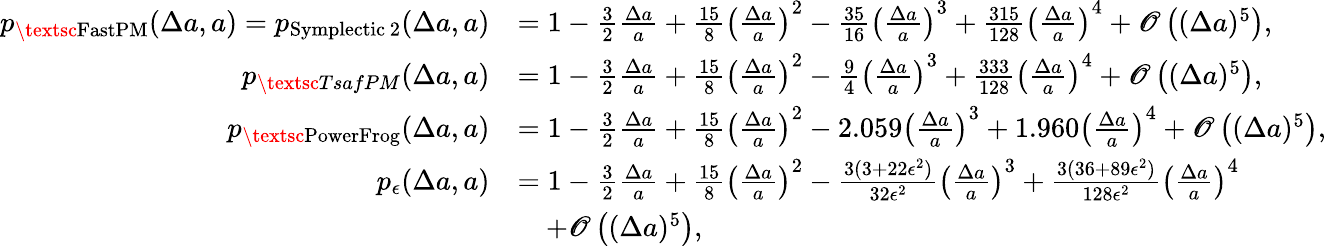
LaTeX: \begin{array}{rl}{p_{\mathrm{\textsc{FastPM}}}(\Delta a,a)=p_{\mathrm{{Symplectic~2}}}(\Delta a,a)}&{=1-\frac{3}{2}\frac{\Delta a}{a}+\frac{15}{8}\left(\frac{\Delta a}{a}\right)^{2}-\frac{35}{16}\left(\frac{\Delta a}{a}\right)^{3}+\frac{315}{128}\left(\frac{\Delta a}{a}\right)^{4}+\mathscr{O}\left((\Delta a)^{5}\right),}\\ {p_{\textsc{TsafPM}}(\Delta a,a)}&{=1-\frac{3}{2}\frac{\Delta a}{a}+\frac{15}{8}\left(\frac{\Delta a}{a}\right)^{2}-\frac{9}{4}\left(\frac{\Delta a}{a}\right)^{3}+\frac{333}{128}\left(\frac{\Delta a}{a}\right)^{4}+\mathscr{O}\left((\Delta a)^{5}\right),}\\ {p_{\mathrm{\textsc{PowerFrog}}}(\Delta a,a)}&{=1-\frac{3}{2}\frac{\Delta a}{a}+\frac{15}{8}\left(\frac{\Delta a}{a}\right)^{2}-2.059\left(\frac{\Delta a}{a}\right)^{3}+1.960\left(\frac{\Delta a}{a}\right)^{4}+\mathscr{O}\left((\Delta a)^{5}\right),}\\ {p_{\epsilon}(\Delta a,a)}&{=1-\frac{3}{2}\frac{\Delta a}{a}+\frac{15}{8}\left(\frac{\Delta a}{a}\right)^{2}-\frac{3(3+22\epsilon^{2})}{32\epsilon^{2}}\left(\frac{\Delta a}{a}\right)^{3}+\frac{3(36+89\epsilon^{2})}{128\epsilon^{2}}\left(\frac{\Delta a}{a}\right)^{4}}\\ &{\quad+\mathscr{O}\left((\Delta a)^{5}\right),}\end{array}